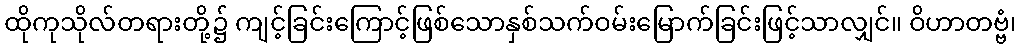
ထိုကုသိုလ်တရားတို့၌ ကျင့်ခြင်းကြောင့်ဖြစ်သောနှစ်သက်ဝမ်းမြောက်ခြင်းဖြင့်သာလျှင်။ ဝိဟာတဗ္ဗံ၊